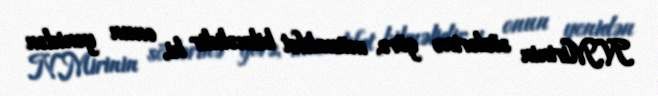
N.Mirinin sözlərinə görə, müxalifət bilməlidir ki, onun yenidən